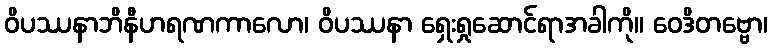
ဝိပဿနာဘိနီဟရဏကာလော၊ ဝိပဿနာ ရှေးရှုဆောင်ရာအခါကို။ ဝေဒိတဗ္ဗော၊